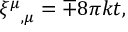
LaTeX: { \xi ^ { \mu } } _ { , \mu } = \mp 8 \pi k t ,